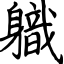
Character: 軄